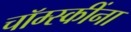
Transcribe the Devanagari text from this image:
चॉम्स्कींना